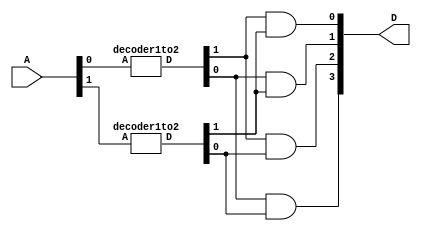
// 2 to 4 line Decoder
//4 AND gates on the output
//2* 1 to 2 line decoder
module decoder2to4(A,D);
input [1:0] A;
output [3:0] D;
wire  [3:0] W;
decoder1to2 U0(.A(A[0]),.D(W[3:2]));
decoder1to2 U1(.A(A[1]),.D(W[1:0]));
assign D[0]=W[3]&W[1];
assign D[1]=W[2]&W[1];
assign D[2]=W[3]&W[0];
assign D[3]=W[2]&W[0];
endmodule
module decoder1to2(A,D);
input A;
output [1:0] D;
assign D[0] = ~A;
assign D[1] = A;
endmodule